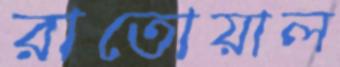
রাতোয়াল